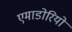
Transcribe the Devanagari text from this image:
एमाडोरियो